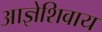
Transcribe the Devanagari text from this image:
आज्ञेशिवाय